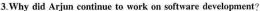
3.Why did Arjun continue to work on software development?